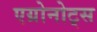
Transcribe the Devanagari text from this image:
एग्रोनोट्स